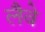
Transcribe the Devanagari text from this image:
लैवे